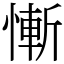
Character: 慚